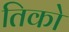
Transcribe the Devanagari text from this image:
तिको